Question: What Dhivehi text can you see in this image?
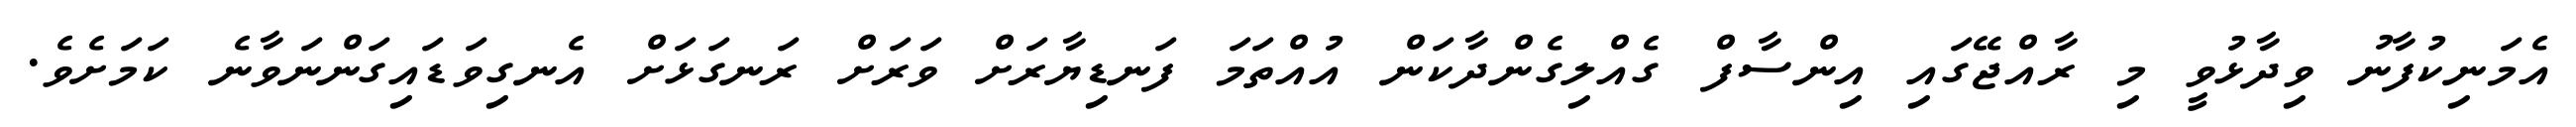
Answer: އެމަނިކުފާނު ވިދާޅުވީ މި ރާއްޖޭގައި އިންސާފް ގެއްލިގެންދާކަން އުއްތަމަ ފަނޑިޔާރަށް ވަރަށް ރަނގަޅަށް އެނގިވަޑައިގަންނަވާނެ ކަމަށެވެ.